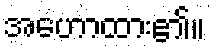
အဟောထား၏။